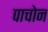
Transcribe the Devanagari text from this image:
पाचोन